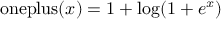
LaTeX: { \mathrm { o n e p l u s } } ( x ) = 1 + \log ( 1 + e ^ { x } )